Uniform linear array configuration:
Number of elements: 16
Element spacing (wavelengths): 0.5
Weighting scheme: cosine
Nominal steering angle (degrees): -45
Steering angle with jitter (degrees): -46.312
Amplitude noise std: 0.05
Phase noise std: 0.05

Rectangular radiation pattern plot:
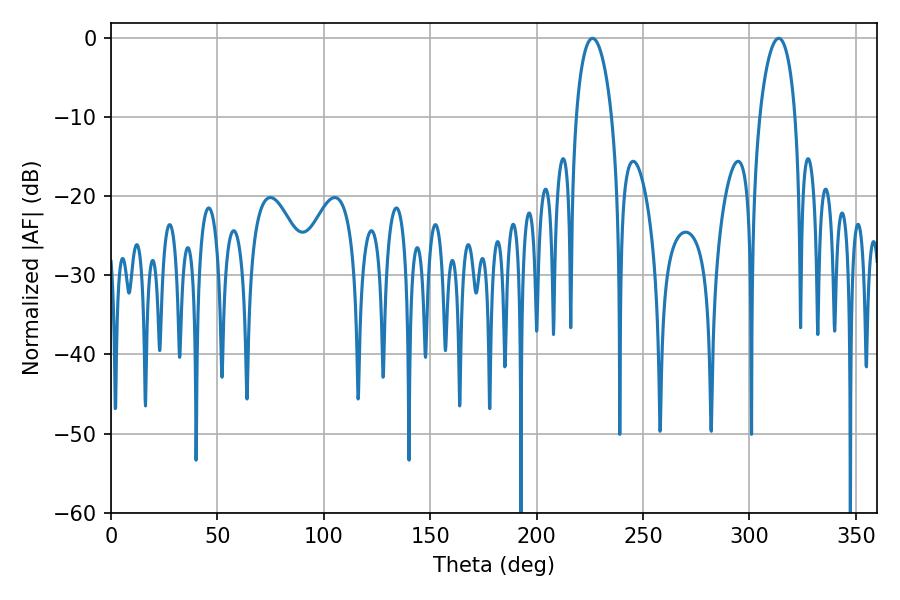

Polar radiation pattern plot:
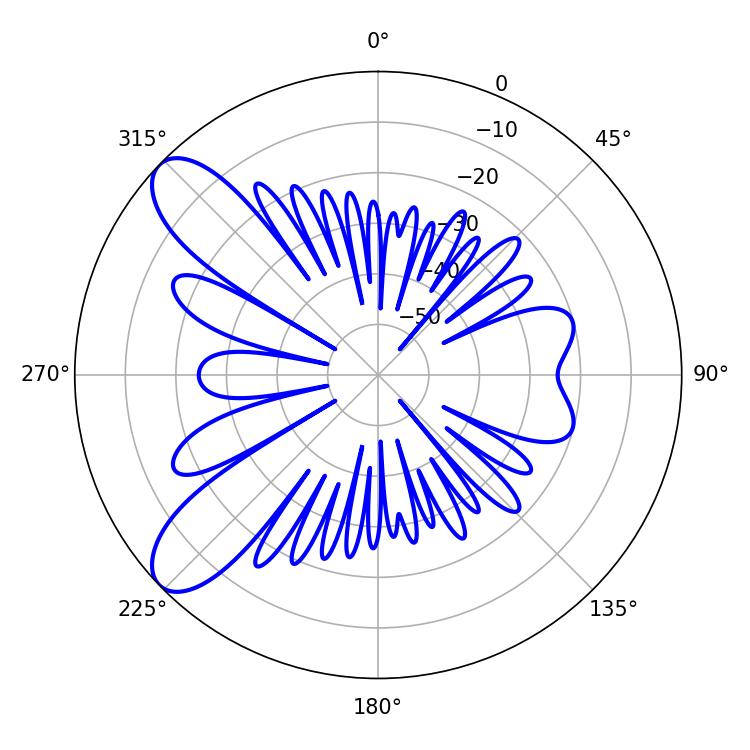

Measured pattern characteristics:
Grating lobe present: FALSE
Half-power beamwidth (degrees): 9.54
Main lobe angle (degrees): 226.26